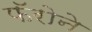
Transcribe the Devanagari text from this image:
फॅरोने